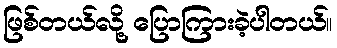
ဖြစ်တယ်လို့ ပြောကြားခဲ့ပါတယ်။